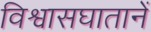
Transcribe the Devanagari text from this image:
विश्वासघातानें